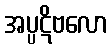
အပ္ပဋိဗလော